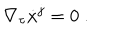
\nabla _ { \tau } \dot { x } ^ { j } = 0 ~ .